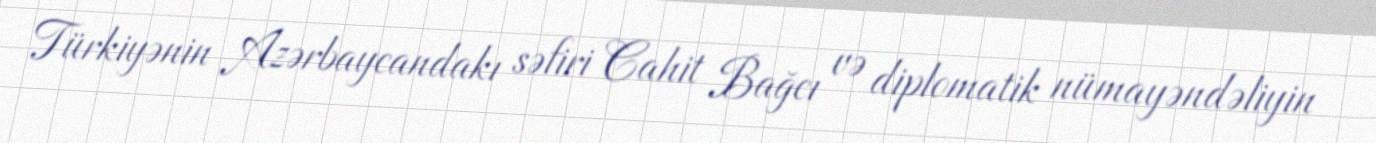
Türkiyənin Azərbaycandakı səfiri Cahit Bağcı və diplomatik nümayəndəliyin